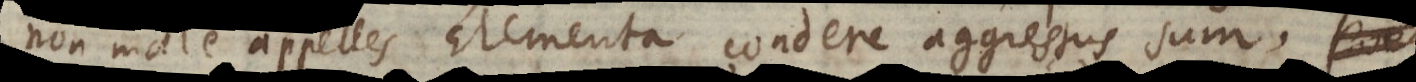
non male appelles, Elementa condere aggressus sum,